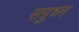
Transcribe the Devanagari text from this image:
सत्रुध्न